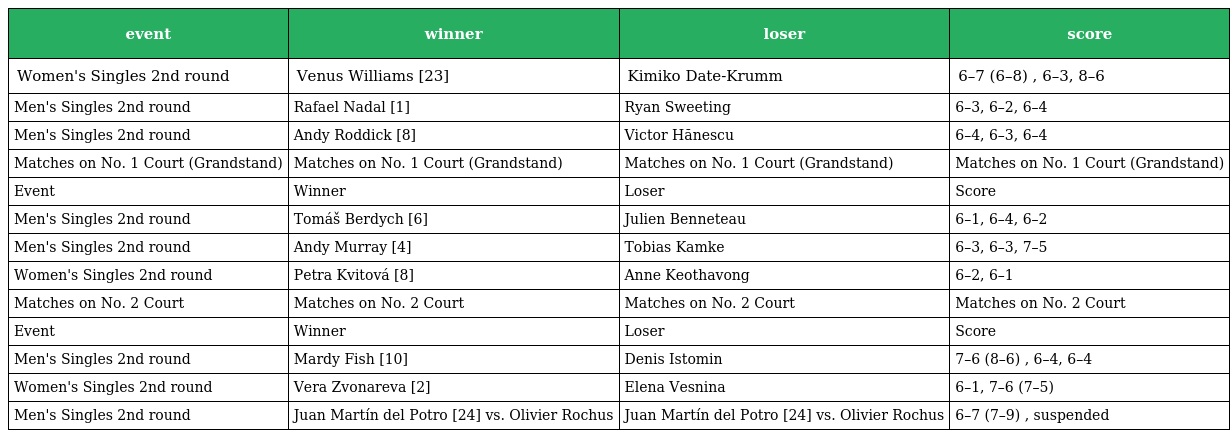
| event | winner | loser | score |
 | --- | --- | --- | --- |
 | Women's Singles 2nd round | Venus Williams [23] | Kimiko Date-Krumm | 6–7 (6–8) , 6–3, 8–6 |
 | Men's Singles 2nd round | Rafael Nadal [1] | Ryan Sweeting | 6–3, 6–2, 6–4 |
 | Men's Singles 2nd round | Andy Roddick [8] | Victor Hănescu | 6–4, 6–3, 6–4 |
 | Matches on No. 1 Court (Grandstand) | Matches on No. 1 Court (Grandstand) | Matches on No. 1 Court (Grandstand) | Matches on No. 1 Court (Grandstand) |
 | Event | Winner | Loser | Score |
 | Men's Singles 2nd round | Tomáš Berdych [6] | Julien Benneteau | 6–1, 6–4, 6–2 |
 | Men's Singles 2nd round | Andy Murray [4] | Tobias Kamke | 6–3, 6–3, 7–5 |
 | Women's Singles 2nd round | Petra Kvitová [8] | Anne Keothavong | 6–2, 6–1 |
 | Matches on No. 2 Court | Matches on No. 2 Court | Matches on No. 2 Court | Matches on No. 2 Court |
 | Event | Winner | Loser | Score |
 | Men's Singles 2nd round | Mardy Fish [10] | Denis Istomin | 7–6 (8–6) , 6–4, 6–4 |
 | Women's Singles 2nd round | Vera Zvonareva [2] | Elena Vesnina | 6–1, 7–6 (7–5) |
 | Men's Singles 2nd round | Juan Martín del Potro [24] vs. Olivier Rochus | Juan Martín del Potro [24] vs. Olivier Rochus | 6–7 (7–9) , suspended |